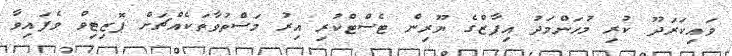
ވައިކަރަދޫ ކުރި މުހަންމަދު އިފާޒްގެ ޔޫރިން ޓެސްޓްކުރި އިރު މަސްތުވާތަކެއްޗަށް ޕޮޒިޓިވް ވެފައިވާ